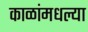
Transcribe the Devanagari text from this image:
काळांमधल्या